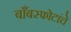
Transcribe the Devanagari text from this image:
बाँबस्फोटांचे